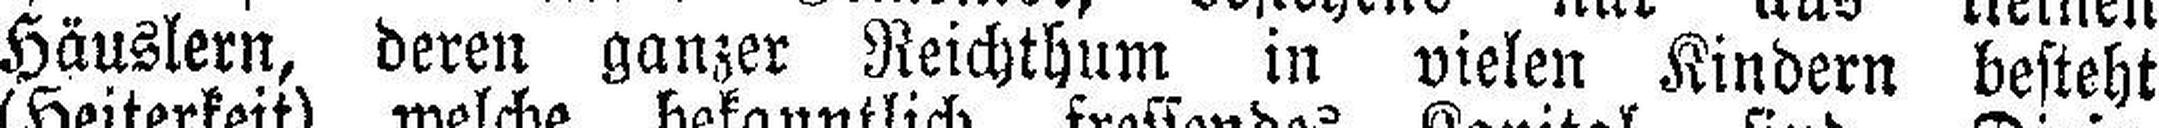
Häuslern, deren ganzer Reichthum in vielen Kindern besteht